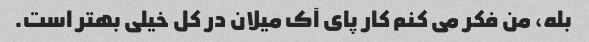
بله، من فکر می کنم کار پای آک میلان در کل خیلی بهتر است.